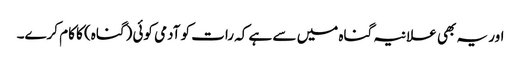
اور یہ بھی علانیہ گناہ میں سے ہے کہ رات کو آدمی کوئی (گناہ) کا کام کرے۔